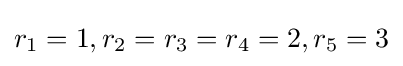
r_{1}=1,r_{2}=r_{3}=r_{4}=2,r_{5}=3